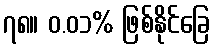
၇၈။ ၀.၀၁% ဖြစ်နိုင်ခြေ